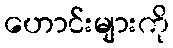
ဟောင်းများကို